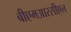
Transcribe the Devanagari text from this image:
बीएमआरसीएल